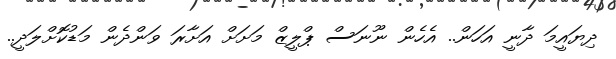
ދިޔައީމަ ދާނީ އަހަން.. އެހެން ނޫނަސް ޕްލީޒް މަށަށް އަށާރަ ވަންދެން މަޑުކޮށްލަދީ..